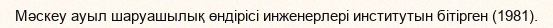
Мәскеу ауыл шаруашылық өндірісі инженерлері институтын бітірген (1981).